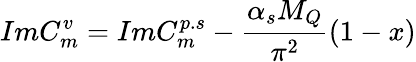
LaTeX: ImC_{m}^{v}=ImC_{m}^{p.s}-\frac{\alpha_{s}M_{Q}}{\pi^{2}}(1-x)